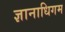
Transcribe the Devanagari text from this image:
ज्ञानाधिगम